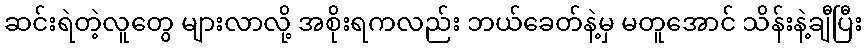
ဆင်းရဲတဲ့လူတွေ များလာလို့ အစိုးရကလည်း ဘယ်ခေတ်နဲ့မှ မတူအောင် သိန်းနဲ့ချီပြီး